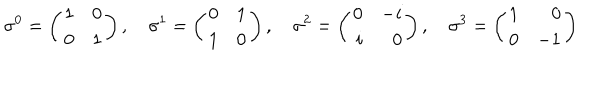
LaTeX: \sigma ^ { 0 } = \left( \begin{array} { r r } { { 1 } } & { { 0 } } \\ { { 0 } } & { { 1 } } \\ \end{array} \right) , \quad \sigma ^ { 1 } = \left( \begin{array} { r r } { { 0 } } & { { 1 } } \\ { { 1 } } & { { 0 } } \\ \end{array} \right) , \quad \sigma ^ { 2 } = \left( \begin{array} { r r } { { 0 } } & { { - i } } \\ { { i } } & { { 0 } } \\ \end{array} \right) , \quad \sigma ^ { 3 } = \left( \begin{array} { r r } { { 1 } } & { { 0 } } \\ { { 0 } } & { { - 1 } } \\ \end{array} \right)